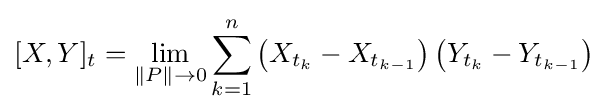
[X,Y]_{t}=\lim _{\Vert P\Vert \to 0}\sum _{k=1}^{n}\left(X_{t_{k}}-X_{t_{k-1}}\right)\left(Y_{t_{k}}-Y_{t_{k-1}}\right)